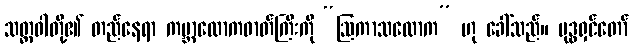
သတ္တဝါတို့၏ တည်နေရာ ကမ္ဘာလောကဓာတ်ကြီးကို “ဩကာသလောက” ဟု ခေါ်သည်။ ဗုဒ္ဓရှင်တော်